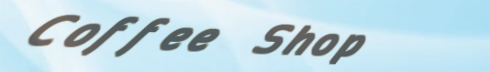
Coffee Shop